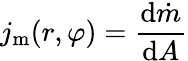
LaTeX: j_{\mathrm{m}}(r,\varphi)=\frac{\mathrm{d}\dot{m}}{\mathrm{d}A}